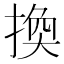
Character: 換